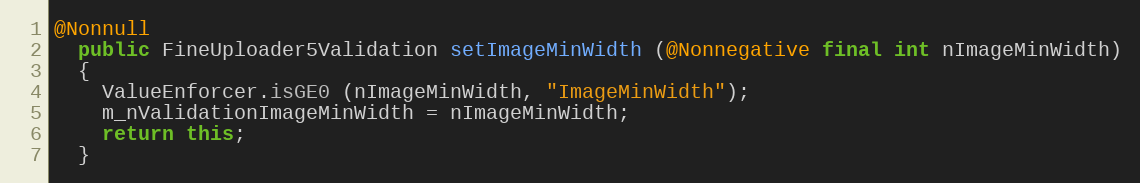
Language: Java
@Nonnull
  public FineUploader5Validation setImageMinWidth (@Nonnegative final int nImageMinWidth)
  {
    ValueEnforcer.isGE0 (nImageMinWidth, "ImageMinWidth");
    m_nValidationImageMinWidth = nImageMinWidth;
    return this;
  }